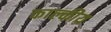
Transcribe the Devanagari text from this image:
काल्कीय